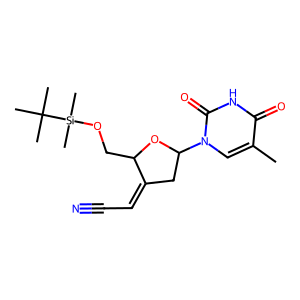
SMILES: Cc1cn(C2CC(=CC#N)C(CO[Si](C)(C)C(C)(C)C)O2)c(=O)[nH]c1=O
Inhibits HIV replication: No